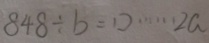
8 4 8 \div b = \square \cdots 2 a